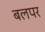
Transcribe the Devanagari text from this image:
बलपर